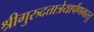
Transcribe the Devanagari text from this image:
श्रीगुरुदत्तात्रेयार्पणमस्तु